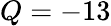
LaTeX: Q=-13